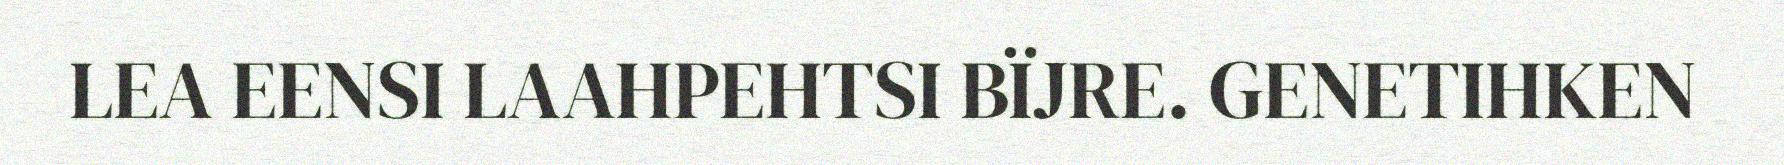
LEA EENSI LAAHPEHTSI BÏJRE. GENETIHKEN